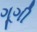
ગૂગી